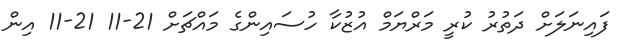
ފައިނަލަށް ދަތުރު ކުރީ މަރްޔަމް އުޒުކާ ހުސައިންގެ މައްޗަށް 21-11 21-11 އިން